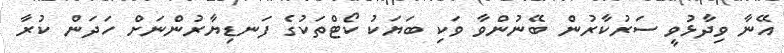
އޭނާ ވިދާޅުވީ ސަރުކާރުން ބޭނުންވާ ވަކި ބަޔަކު ކޯޓްތަކުގެ ފަނޑިޔާރުންނަށް ހަދަން ކުރާ